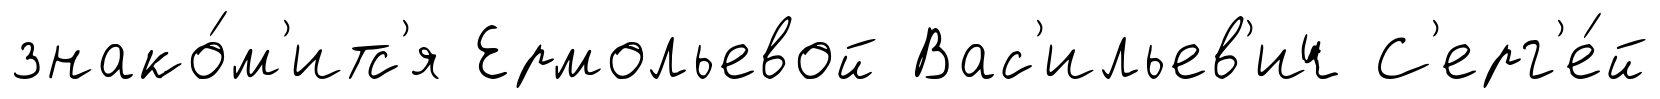
знако́м'итс'я Ермольевой Вас'ильев'ич С'ерг'е́й